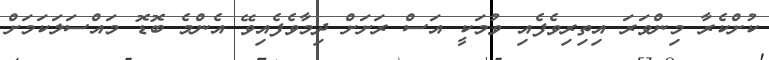
ކުށްކެރާ މިންވަރަ އިތިރިވެފެއި ވުމަކީ އަސް ރަށަށް ދިމާވެފެއިވޭ އެންމެ ބޮޑޮ މައްސަލަކަމަށް